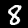
Label: 8